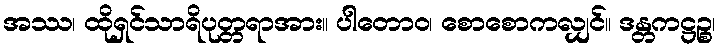
အဿ၊ ထိုရှင်သာရိပုတ္တရာအား။ ပါတောဝ၊ စောစောကလျှင်။ ဒန္တကဋ္ဌဉ္စ၊